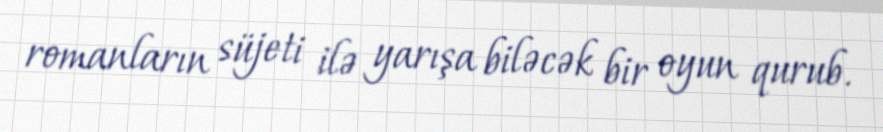
romanların süjeti ilə yarışa biləcək bir oyun qurub.